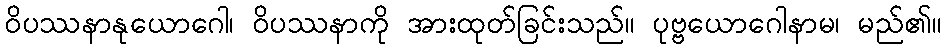
ဝိပဿနာနုယောဂေါ၊ ဝိပဿနာကို အားထုတ်ခြင်းသည်။ ပုဗ္ဗယောဂေါနာမ၊ မည်၏။